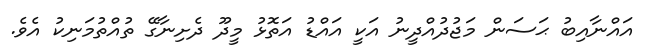
އައްނާއިބު ޙަސަން މަޖުދުއްދީނު އަކީ އައްޑު އަތޮޅު މީދޫ ދެށިނާގޭ ތުއްތުމަނިކު އެވެ.